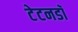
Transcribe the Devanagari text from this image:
टेटनडॉ